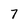
Character: 7